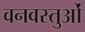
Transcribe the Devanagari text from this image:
वनवस्तुओं